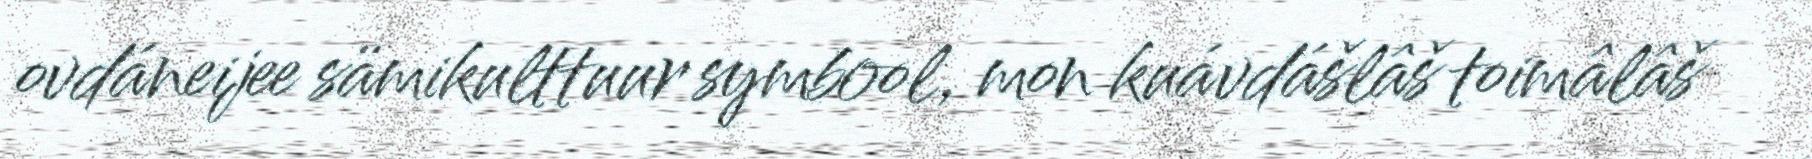
ovdáneijee sämikulttuur symbool, mon kuávdášlâš toimâlâš